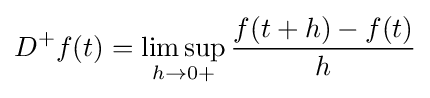
D^{+}f(t)=\limsup _{h\to {0+}}{\frac {f(t+h)-f(t)}{h}}